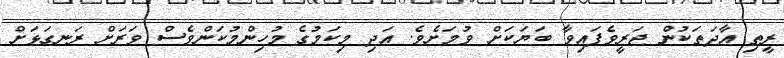
ރީތި އާދަތަކުން ޖަރީވެފައިވާ ބަޔަކަށް ވުމަށެވެ. އަދި މިކަމުގެ މުހިންމުކަންވެސް ވަރަށް ރަނގަޅަށް